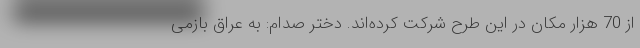
از 70 هزار مکان در این طرح شرکت کرده‌اند. دختر صدام: به عراق بازمی